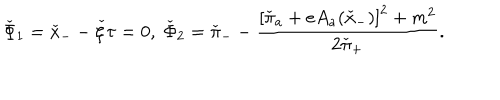
LaTeX: \check { \Phi } _ { 1 } = \check { x } _ { - } - \check { \zeta } \tau = 0 , \; \check { \Phi } _ { 2 } = \check { \pi } _ { - } - \frac { \left[ \check { \pi } _ { a } + e A _ { a } ( \check { x } _ { - } ) \right] ^ { 2 } + m ^ { 2 } } { 2 \check { \pi } _ { + } } .